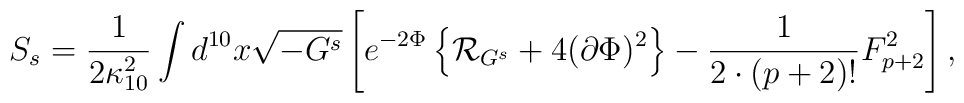
S_s={1\over{2\kappa^2_{10}}}\int d^{10}x\sqrt{-G^s}\left[e^{-2\Phi}\left\{{\cal R}_{G^s}+4(\partial\Phi)^2\right\}-{1\over{2\cdot(p+2)!}}F^2_{p+2}\right],